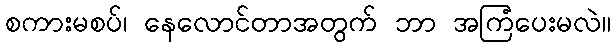
စကားမစပ်၊ နေလောင်တာအတွက် ဘာ အကြံပေးမလဲ။